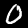
Digit: 0